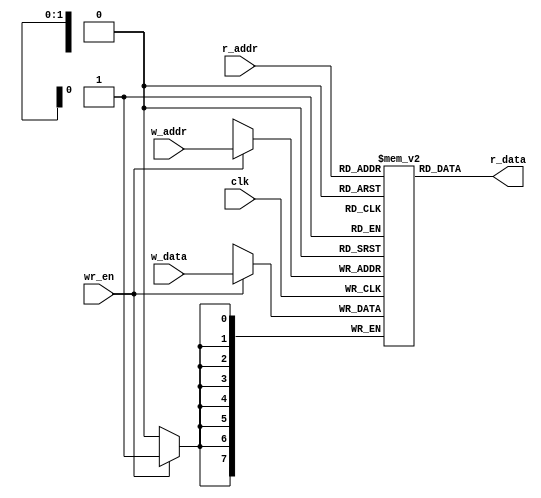
`timescale 1ns / 1ps
//////////////////////////////////////////////////////////////////////////////////
// Company: 
// Engineer: 
// 
// Design Name: 
// Module Name: reg_file
// Project Name: 
// Target Devices: 
// Tool Versions: 
// Description: 
// 
// Dependencies: 
// 
// Revision:
// Revision 0.01 - File Created
// Additional Comments:
// 
//////////////////////////////////////////////////////////////////////////////////


module reg_file   
  #(
parameter N = 8,//
W = 2) //
      (
        input  clk,
         input  wr_en,
         input [W-1:0] w_addr,r_addr,
input [N-1:0]  w_data,
        output  [N-1:0]  r_data  
    );
      reg [N-1:0] array_reg[2**W-1:0];
      always @(posedge clk) 
        if(wr_en)
          array_reg[w_addr] <= w_data;
       assign r_data = array_reg[r_addr];
     endmodule